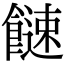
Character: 𩞍